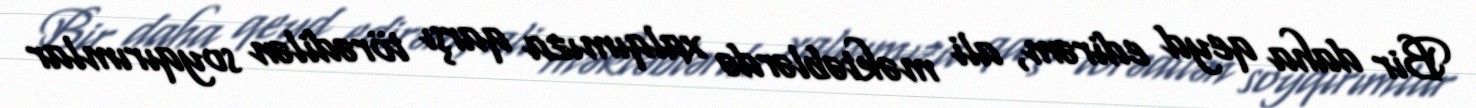
Bir daha qeyd edirəm, ali məktəblərdə xalqımıza qarşı törədilən soyqırımlar